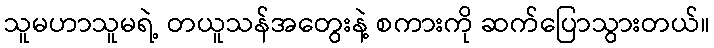
သူမဟာသူမရဲ့ တယူသန်အတွေးနဲ့ စကားကို ဆက်ပြောသွားတယ်။